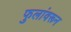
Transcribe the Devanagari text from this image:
फुलांवरून